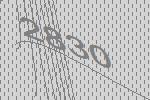
2830